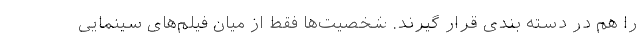
را هم در دسته بندی قرار گیرند. شخصیت‌ها فقط از میان فیلم‌های سینمایی